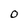
Character: 0